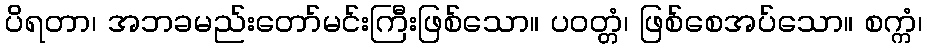
ပိရတာ၊ အဘခမည်းတော်မင်းကြီးဖြစ်သော။ ပဝတ္တံ၊ ဖြစ်စေအပ်သော။ စက္ကံ၊